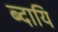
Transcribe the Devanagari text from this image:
ब्दायि